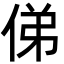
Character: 俤